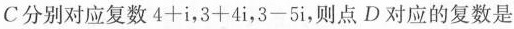
C分别对应复数$$4 + i$$，$$3 + 4 i$$，$$3 - 5 i$$，则点D对应的复数是